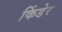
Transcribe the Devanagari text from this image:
किंडेर